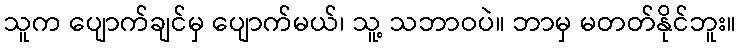
သူက ပျောက်ချင်မှ ပျောက်မယ်၊ သူ့ သဘာဝပဲ။ ဘာမှ မတတ်နိုင်ဘူး။